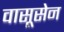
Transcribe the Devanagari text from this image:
वासूसेन